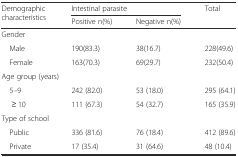
| <ROWSPAN=2> Demographic characteristics | <COLSPAN=2> Intestinal parasite | <ROWSPAN=2> Total |
 | Positive n(%) | Negative n(%) |
 | --- | --- | --- | --- |
 | <COLSPAN=4> Gender |
 | Male | 190(83.3) | 38(16.7) | 228(49.6) |
 | Female | 163(70.3) | 69(29.7) | 232(50.4) |
 | <COLSPAN=4> Age group (years) |
 | 5–9 | 242 (82.0) | 53 (18.0) | 295 (64.1) |
 | ≥ 10 | 111 (67.3) | 54 (32.7) | 165 (35.9) |
 | <COLSPAN=4> Type of school |
 | Public | 336 (81.6) | 76 (18.4) | 412 (89.6) |
 | Private | 17 (35.4) | 31 (64.6) | 48 (10.4) |